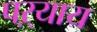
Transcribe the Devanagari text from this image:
पऱ्याय